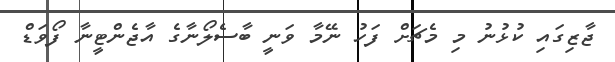
ޖާޒިގައި ކުޅުނު މި މެޗަށް ފަހު ނޭމާ ވަނީ ބާސެލޯނާގެ އާޖެންޓީނާ ފޯވަޑް